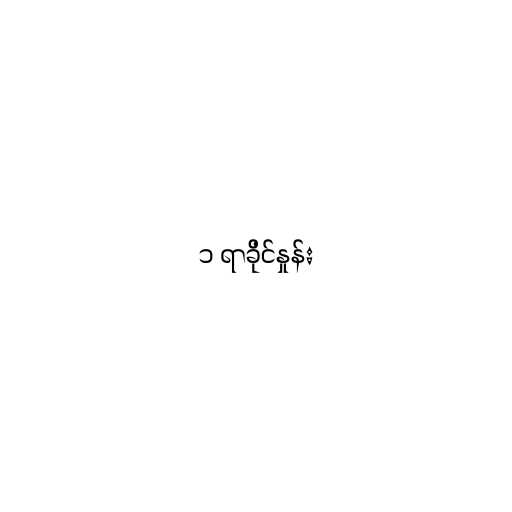
၁ ရာခိုင်နှုန်း